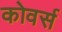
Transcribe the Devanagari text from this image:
कोवर्स